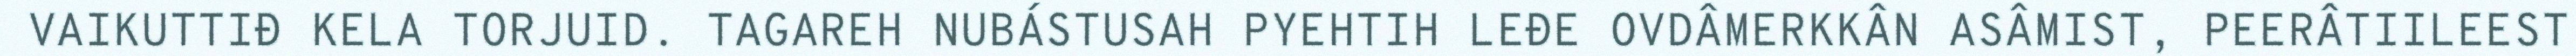
VAIKUTTIĐ KELA TORJUID. TAGAREH NUBÁSTUSAH PYEHTIH LEĐE OVDÂMERKKÂN ASÂMIST, PEERÂTIILEEST